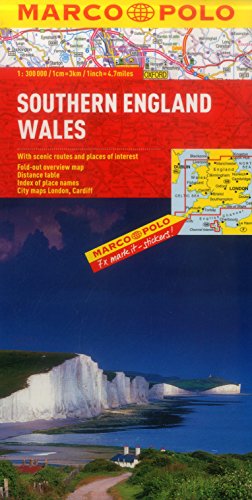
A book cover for Southern England Wales Marco Polo Map (Marco Polo Maps); Marco Polo Travel; Travel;